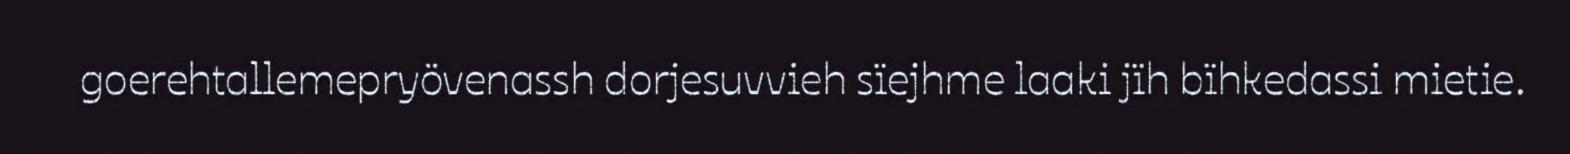
goerehtallemepryövenassh dorjesuvvieh sïejhme laaki jïh bïhkedassi mietie.